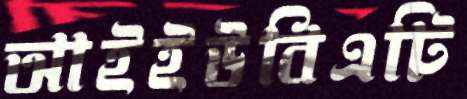
আইইউবিএটি